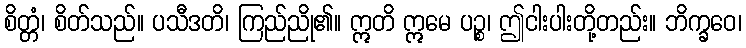
စိတ္တံ၊ စိတ်သည်။ ပသီဒတိ၊ ကြည်ညို၏။ ဣတိ ဣမေ ပဉ္စ၊ ဤငါးပါးတို့တည်း။ ဘိက္ခဝေ၊